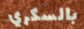
بالسكري